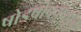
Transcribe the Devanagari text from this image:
षोडषोपचारपूजा